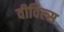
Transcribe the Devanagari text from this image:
वीविल्स